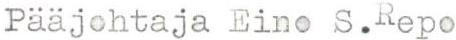
Pääjohtaja Eino S.Repo